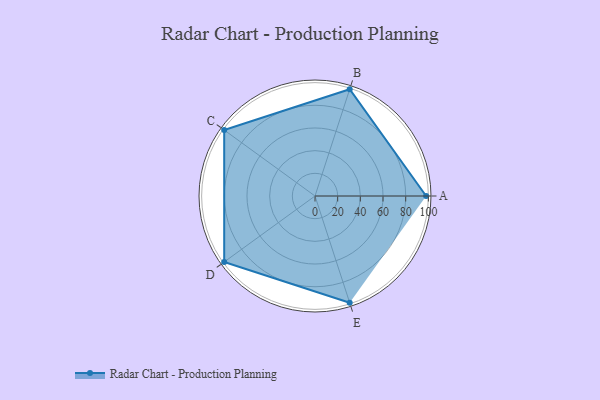
{"axis": {"x": "Skill", "y": "Score"}, "legend": ["Profile"], "data": [{"x": "A", "y": 98.0, "type": "Profile"}, {"x": "B", "y": 99, "type": "Profile"}, {"x": "C", "y": 99, "type": "Profile"}, {"x": "D", "y": 99, "type": "Profile"}, {"x": "E", "y": 99, "type": "Profile"}]}